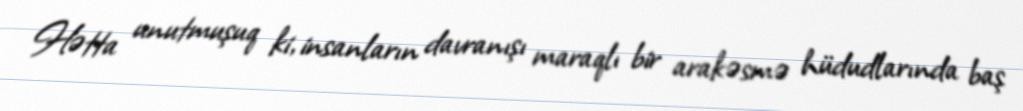
Hətta unutmuşuq ki, insanların davranışı maraqlı bir arakəsmə hüdudlarında baş